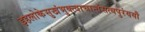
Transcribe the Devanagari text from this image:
इहलोकेसुखंभुक्त्वाचान्तंसत्यपुरंययौ